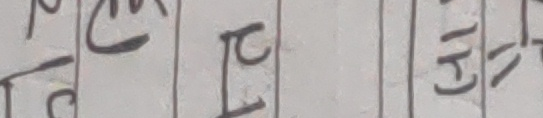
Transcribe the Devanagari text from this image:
होटल